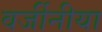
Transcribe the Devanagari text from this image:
वर्जीनीया